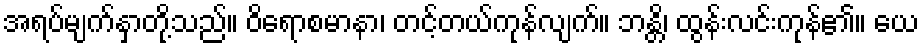
အရပ်မျက်နှာတို့သည်။ ဝိရောစမာနာ၊ တင့်တယ်ကုန်လျက်။ ဘန္တိ၊ ထွန်းလင်းကုန်၏။ ယေ